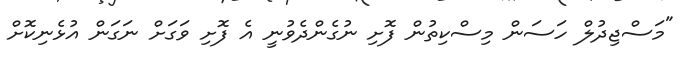
"މަސްޖިދުލް ހަސަން މިސްކިތުން ފޮށި ނުގެންދެވުނީ އެ ފޮށި ވަގަށް ނަގަން އުޅެނިކޮށް